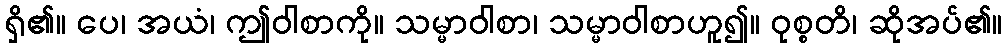
ရှိ၏။ ပေ၊ အယံ၊ ဤဝါစာကို။ သမ္မာဝါစာ၊ သမ္မာဝါစာဟူ၍။ ဝုစ္စတိ၊ ဆိုအပ်၏။